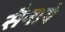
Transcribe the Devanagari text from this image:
सैनाये